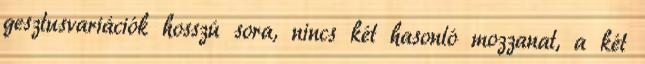
gesztusvariációk hosszú sora, nincs két hasonló mozzanat, a két